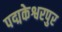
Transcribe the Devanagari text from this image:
पद्मकेश्वरपुर